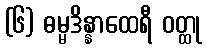
(၆) ဓမ္မဒိန္နာထေရီ ဝတ္ထု